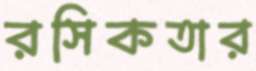
রসিকতার